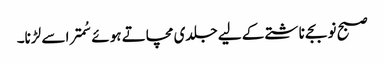
صبح نو بجے ناشتے کے لیے جلدی مچاتے ہوئے سُمترا سے لڑنا۔